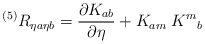
\begin{align*}{}^{(5)} R_{\eta a\eta b} = {\partial K_{ab} \over \partial \eta} +K_{am} \; K^m{}_b\end{align*}